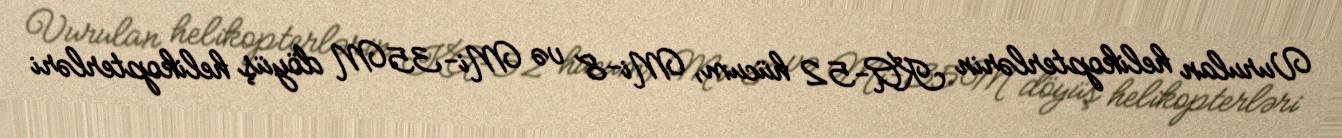
Vurulan helikopterlərin KA-52 hücum, Mi-8 və Mi-35M döyüş helikopterləri